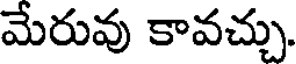
మేరువు కావచ్చు.